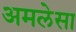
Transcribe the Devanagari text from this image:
अमलेसा